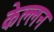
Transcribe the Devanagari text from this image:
केल्लन